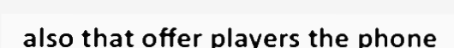
also that offer players the phone